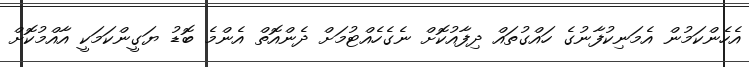
އެހެންކަމުން އެމަނިކުފާނުގެ ހައްގުތައް ދިފާއުކޮށް ނެގެހެއްޓުމަށް ދެންއޮތް އެންމެ ބޮޑު ޔަގީންކަމަކީ އާއްމުކޮށް